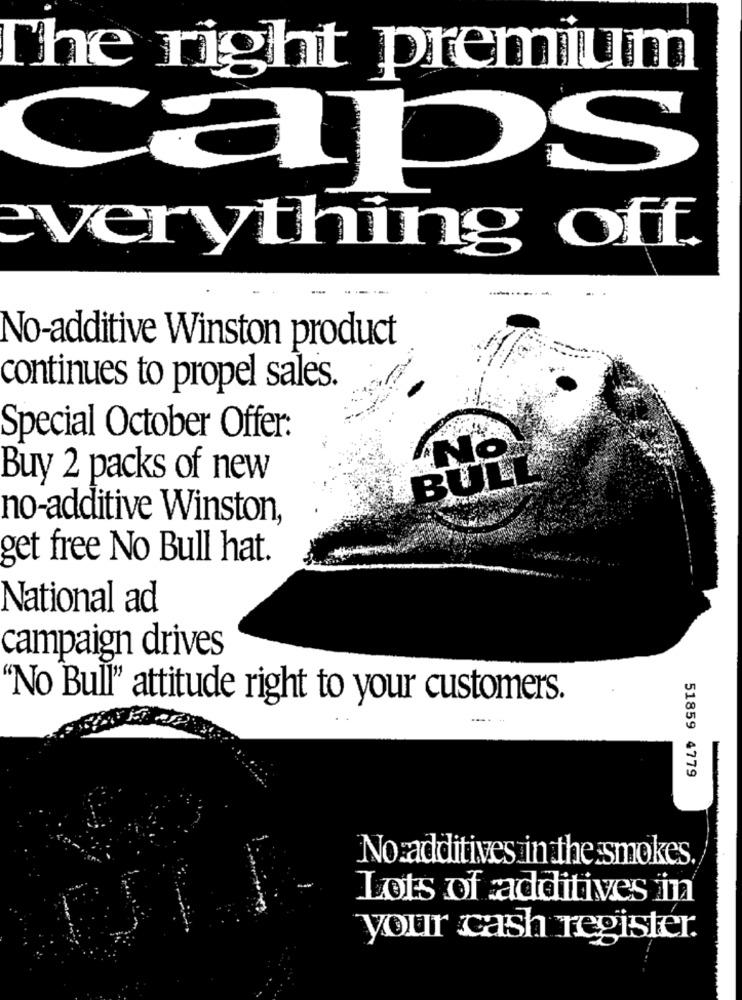
The right premium
aps
verything off.
No-additive Winston product
continues to propel sales.
Special October Offer:
No
Buy 2 packs of new
BUL
no-additive Winston,
get free No Bull hat.
National ad
campaign drives
"No Bull" attitude right to your customers.
51859 4779
No:additives in the smokes.
Lots of additives in
your cash register.